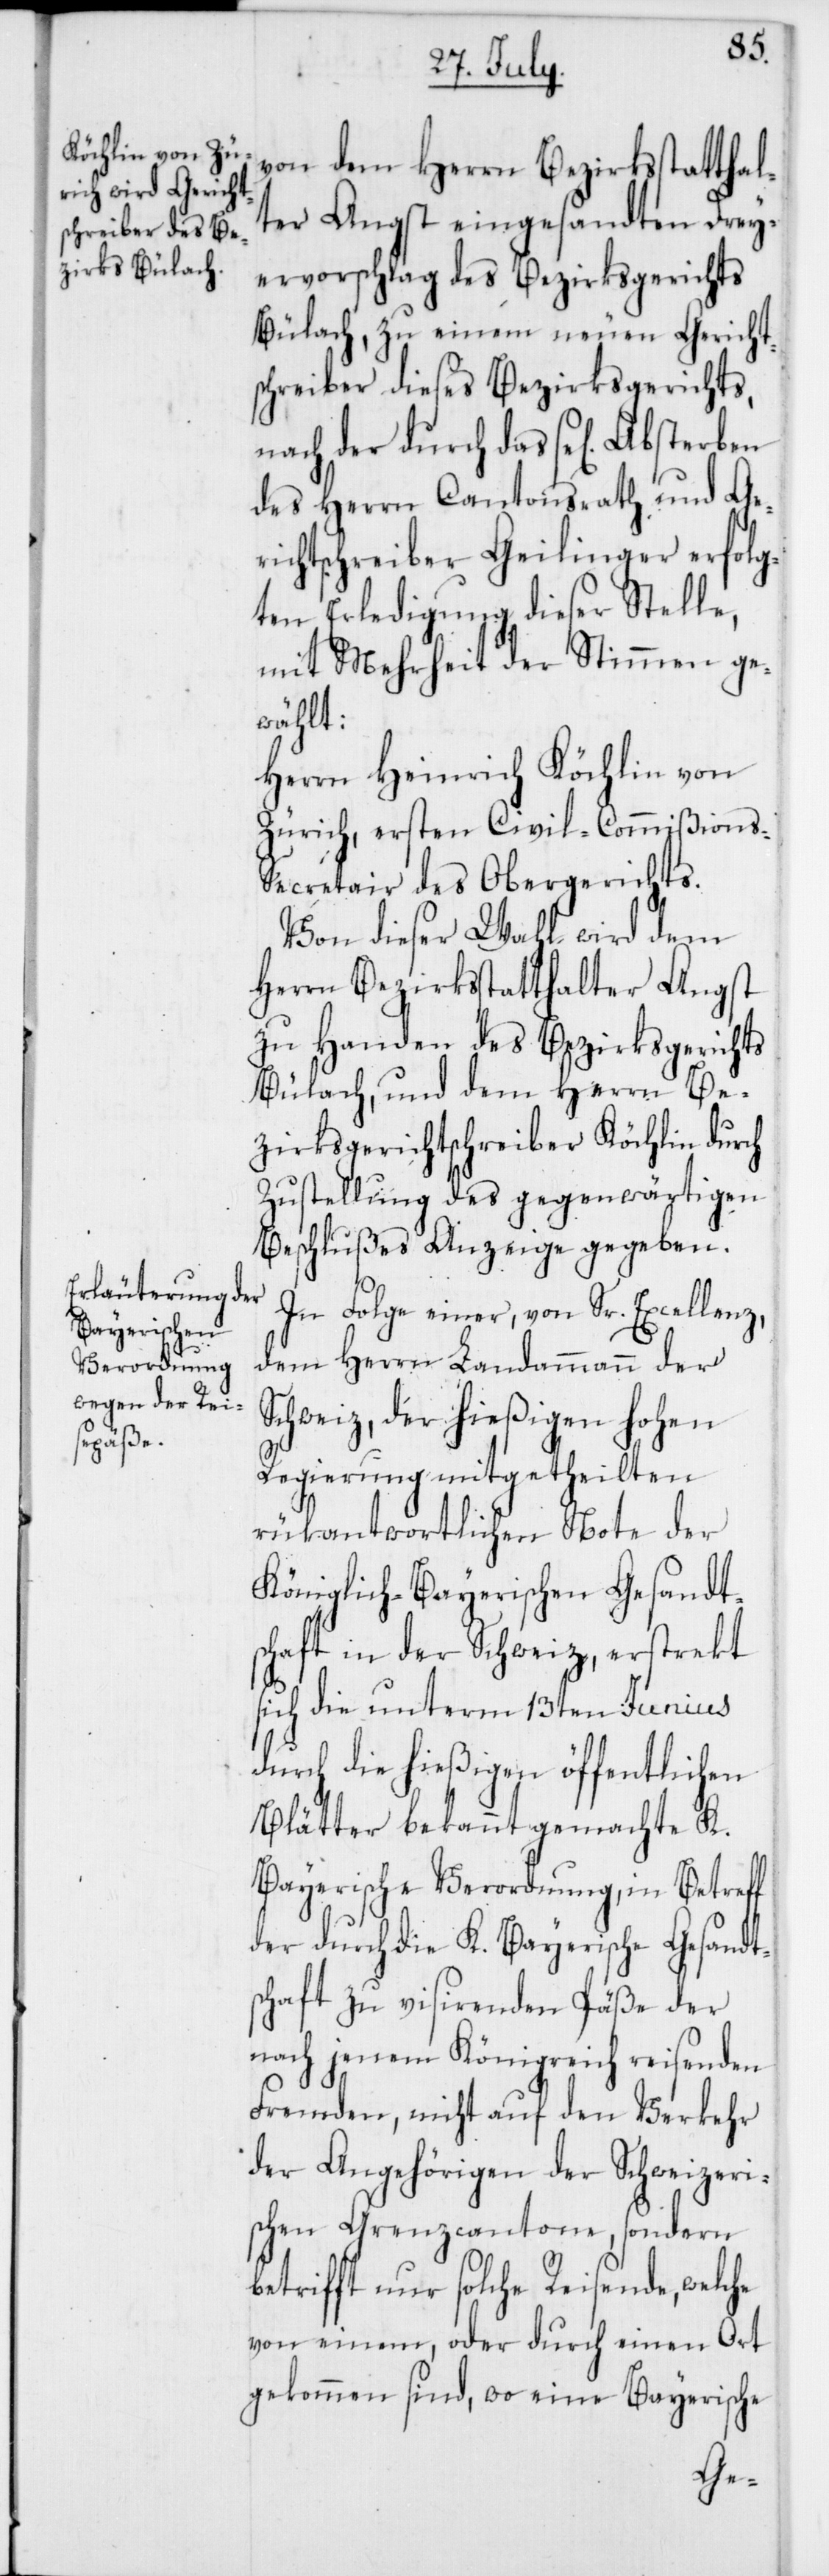
von dem Herrn Bezirksstatthal¬
ter Angst eingesandten Drey¬
ervorschlag des Bezirksgerichts
Bülach, zu einem neuen Gericht¬
schreiber dieses Bezirksgerichts,
nach der durch das se[lige]
des Herrn Cantonsrath und Ge¬
richtschreiber Geilinger erfolg¬
ten Erledigung dieser Stelle,
mit Mehrheit der Stimmen ge¬
wählt:
Herrn Heinrich Köchlin von
Zürich, ersten Civil-Commißions-S¬
ecretair des Obergerichts.
Von dieser Wahl wird dem
Herrn Bezirksstatthalter Angst
zu Handen des Bezirksgerichts
Bülach, und dem Herrn Be¬
zirksgerichtschreiber Köchlin durch
Zustellung des gegenwärtigen
Beschlußes Anzeige gegeben.
In Folge einer, von Sr. Excellenz,
dem Herrn Landammann der
Schweiz, der hießigen hohen
Regierung mitgetheilten
rükantwortlichen Note der
Königlich-Bayerischen Gesandt¬
schaft in der Schweiz, erstrekt
sich die unterm 13ten Junius
durch die hießigen öffentlichen
Blätter bekannt gemachte K.-B¬
ayerische Verordnung, in Betreff
der durch die K.-Bayerische Gesandt¬
schaft zu visirenden Päße der
nach jenem Königreich reisenden
Fremden, nicht auf den Verkehr
der Angehörigen der Schweizeri¬
schen Grenzcantone, sondern
betrifft nur solche Reisende, welche
von einem, oder durch einen Ort
gekommen sind, wo eine Bayerische-